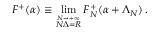
F ^ { + } ( \alpha ) \equiv \operatorname * { l i m } _ { \stackrel { N \rightarrow + \infty } { N \Delta = R } } F _ { N } ^ { + } ( \alpha + \Lambda _ { N } ) \, .